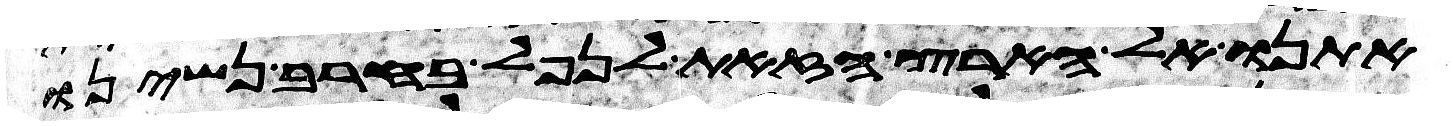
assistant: אתנו אל הארץ הזאת לנפל בחרב נשינו